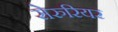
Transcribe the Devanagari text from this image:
सेरुरियर